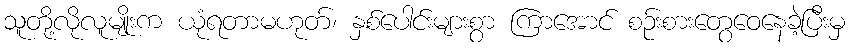
သူတို့လိုလူမျိုးက ယုံရတာမဟုတ်၊ နှစ်ပေါင်းများစွာ ကြာအောင် စဉ်းစားတွေဝေနေခဲ့ပြီးမှ